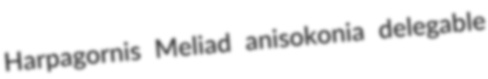
Harpagornis Meliad anisokonia delegable